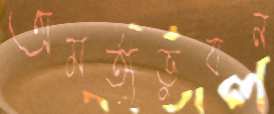
অমর্ত্যভুবন